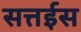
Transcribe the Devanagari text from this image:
सत्तईस